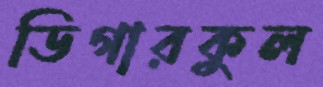
ডিগারকুল